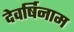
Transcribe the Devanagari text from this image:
देवर्षिनाम